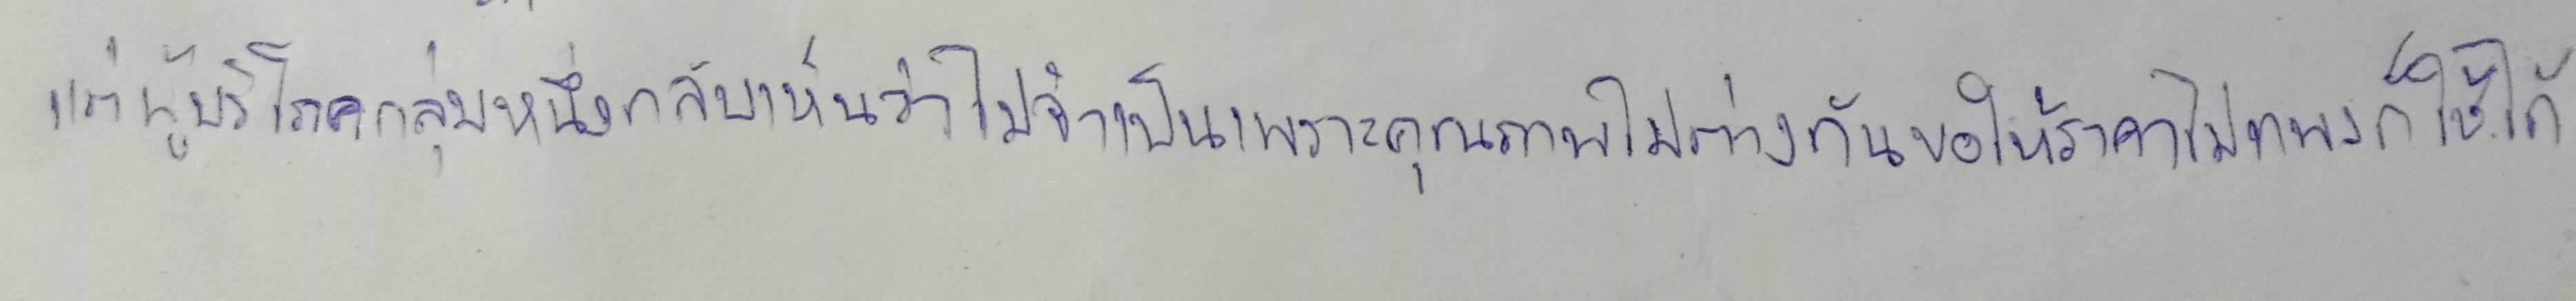
แต่ผู้บริโภคกลุ่มหนึ่งกลับเห็นว่าไม่จำเป็นเพราะคุณภาพไม่ต่างกันขอให้ราคาไม่แพงก็ใช้ได้